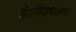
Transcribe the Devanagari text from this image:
बैंडविड्थ।हम